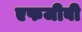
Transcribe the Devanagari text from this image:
एफजीबी